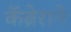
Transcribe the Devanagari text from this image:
कॅब्रेराने